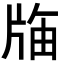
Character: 𭷌